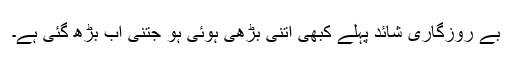
بے روزگاری شائد پہلے کبھی اتنی بڑھی ہوئی ہو جتنی اب بڑھ گئی ہے۔